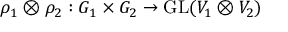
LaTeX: \rho _ { 1 } \otimes \rho _ { 2 } : G _ { 1 } \times G _ { 2 } \to { \mathrm { G L } } ( V _ { 1 } \otimes V _ { 2 } )